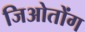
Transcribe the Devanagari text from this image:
जिओतोंग